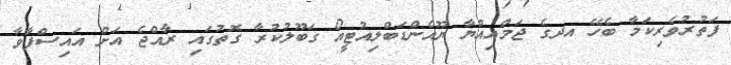
ފަތުރުވެރިކަމާ ބެހޭ އދގެ ޖަމްއިއްޔާ ޔޫއެންޑަބްލިއުޓީއޯ ގަބޫލުކުރާ ގޮތުގައި ރާއްޖެ އަށް އައިސްފާވާ